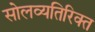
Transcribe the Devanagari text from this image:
सोलव्यतिरिक्त